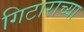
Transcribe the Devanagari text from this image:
गिटाराच्या